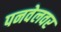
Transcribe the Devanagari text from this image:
पनवेलवर